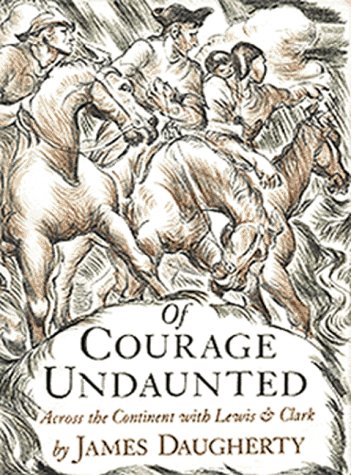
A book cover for Of Courage Undaunted; James Daugherty; Teen & Young Adult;